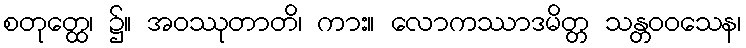
စတုတ္ထေ၊ ၌။ အဝဿုတာတိ၊ ကား။ လောကဿာဒမိတ္တ သန္တဝဝသေန၊